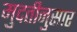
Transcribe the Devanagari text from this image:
मुदतीनुसार